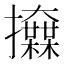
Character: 𢺌